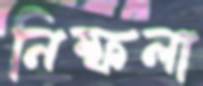
নিষ্ফলা